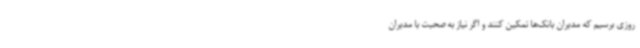
روزی برسیم که مدیران بانک‌ها تمکین کنند و اگر نیاز به صحبت با مدیران